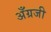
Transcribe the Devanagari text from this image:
अँग्रजी